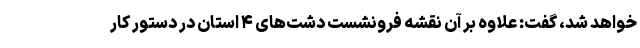
خواهد شد، گفت: علاوه بر آن نقشه فرونشست دشت‌های ۴ استان در دستور کار